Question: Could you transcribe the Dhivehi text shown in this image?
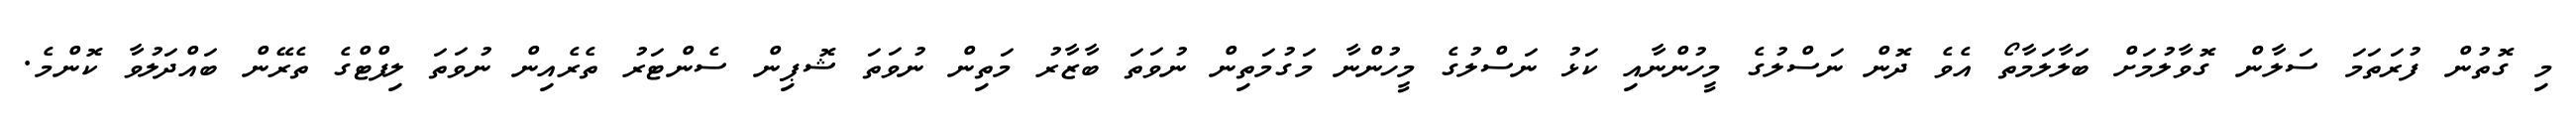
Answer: މި ގޮތުން ފުރަތަމަ ސަލާން ގޮވާލުމަށް ބަލާލަމާތޯ އެވެ ދޮން ނަސްލުގެ މީހުންނާއި ކަޅު ނަސްލުގެ މީހުންނާ މަގުމަތިން ނުވަތަ ބާޒާރު މަތިން ނުވަތަ ޝޮޕިން ސެންޓަރު ތެރެއިން ނުވަތަ ލިފްޓްގެ ތެރޭން ބައްދަލުވާ ކޮންމެ.